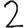
Digit: 2